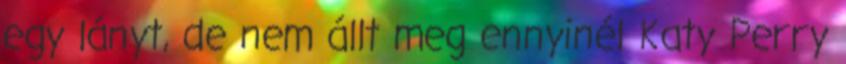
egy lányt, de nem állt meg ennyinél Katy Perry